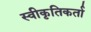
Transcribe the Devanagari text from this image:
स्वीकृतिकर्ता